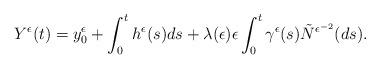
LaTeX: \begin{align*}\begin{aligned}Y^{\epsilon}(t)&=y^{\epsilon}_{0}+\int^{t}_{0}h^{\epsilon}(s)ds+\lambda(\epsilon)\epsilon\int^{t}_{0}\gamma^{\epsilon}(s)\tilde{N}^{\epsilon^{-2}}(ds).\end{aligned}\end{align*}